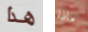
هذا ماذا